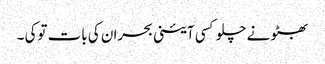
بھٹو نے چلو کسی آئینی بحران کی بات توکی ۔